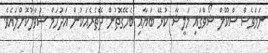
ނަމަވެސް ސްކޫލް ޝޯވްގައި މަލީޝާ ކުޅޭ ބަޔާއި ބެހޭގޮތުން ދޭތެރެއަކުން އަދުހަމް ސުވާލުކޮށްލައެވެ.